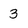
Character: 3